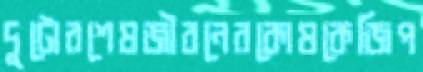
দুটোরশেষজীবনেরকোষকেজিপ